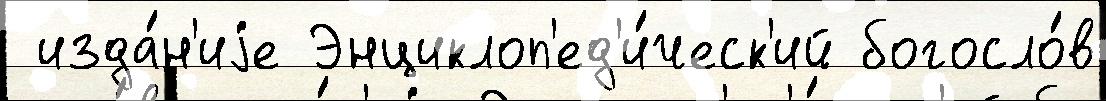
 изда́н'иjе Энциклоп'ед'и́ческ'ий богосло́в